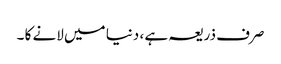
صرف ذریعہ ہے ، دنیا میں لانے کا ۔